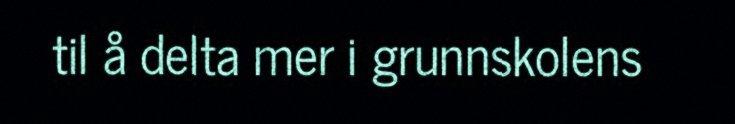
til å delta mer i grunnskolens